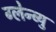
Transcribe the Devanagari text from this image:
ग्लेन्व्यु